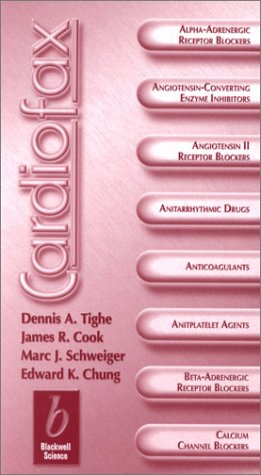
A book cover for Cardiofax (Clinicofax Series); Dennis Tighe; Medical Books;